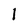
Character: 1